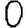
Digit: 0